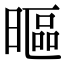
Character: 𣉾